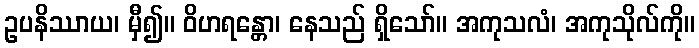
ဥပနိဿာယ၊ မှီ၍။ ဝိဟရန္တော၊ နေသည် ရှိသော်။ အကုသလံ၊ အကုသိုလ်ကို။